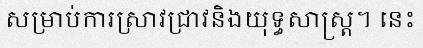
សម្រាប់ការស្រាវជ្រាវនិងយុទ្ធសាស្ត្រ។ នេះ